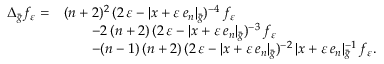
\begin{array} { r l } { \Delta _ { \bar { g } } f _ { \varepsilon } = } & { ( n + 2 ) ^ { 2 } \, ( 2 \, \varepsilon - | x + \varepsilon \, e _ { n } | _ { \bar { g } } ) ^ { - 4 } \, f _ { \varepsilon } } \\ & { \qquad - 2 \, ( n + 2 ) \, ( 2 \, \varepsilon - | x + \varepsilon \, e _ { n } | _ { \bar { g } } ) ^ { - 3 } \, f _ { \varepsilon } } \\ & { \qquad - ( n - 1 ) \, ( n + 2 ) \, ( 2 \, \varepsilon - | x + \varepsilon \, e _ { n } | _ { \bar { g } } ) ^ { - 2 } \, | x + \varepsilon \, e _ { n } | _ { \bar { g } } ^ { - 1 } \, f _ { \varepsilon } . } \end{array}